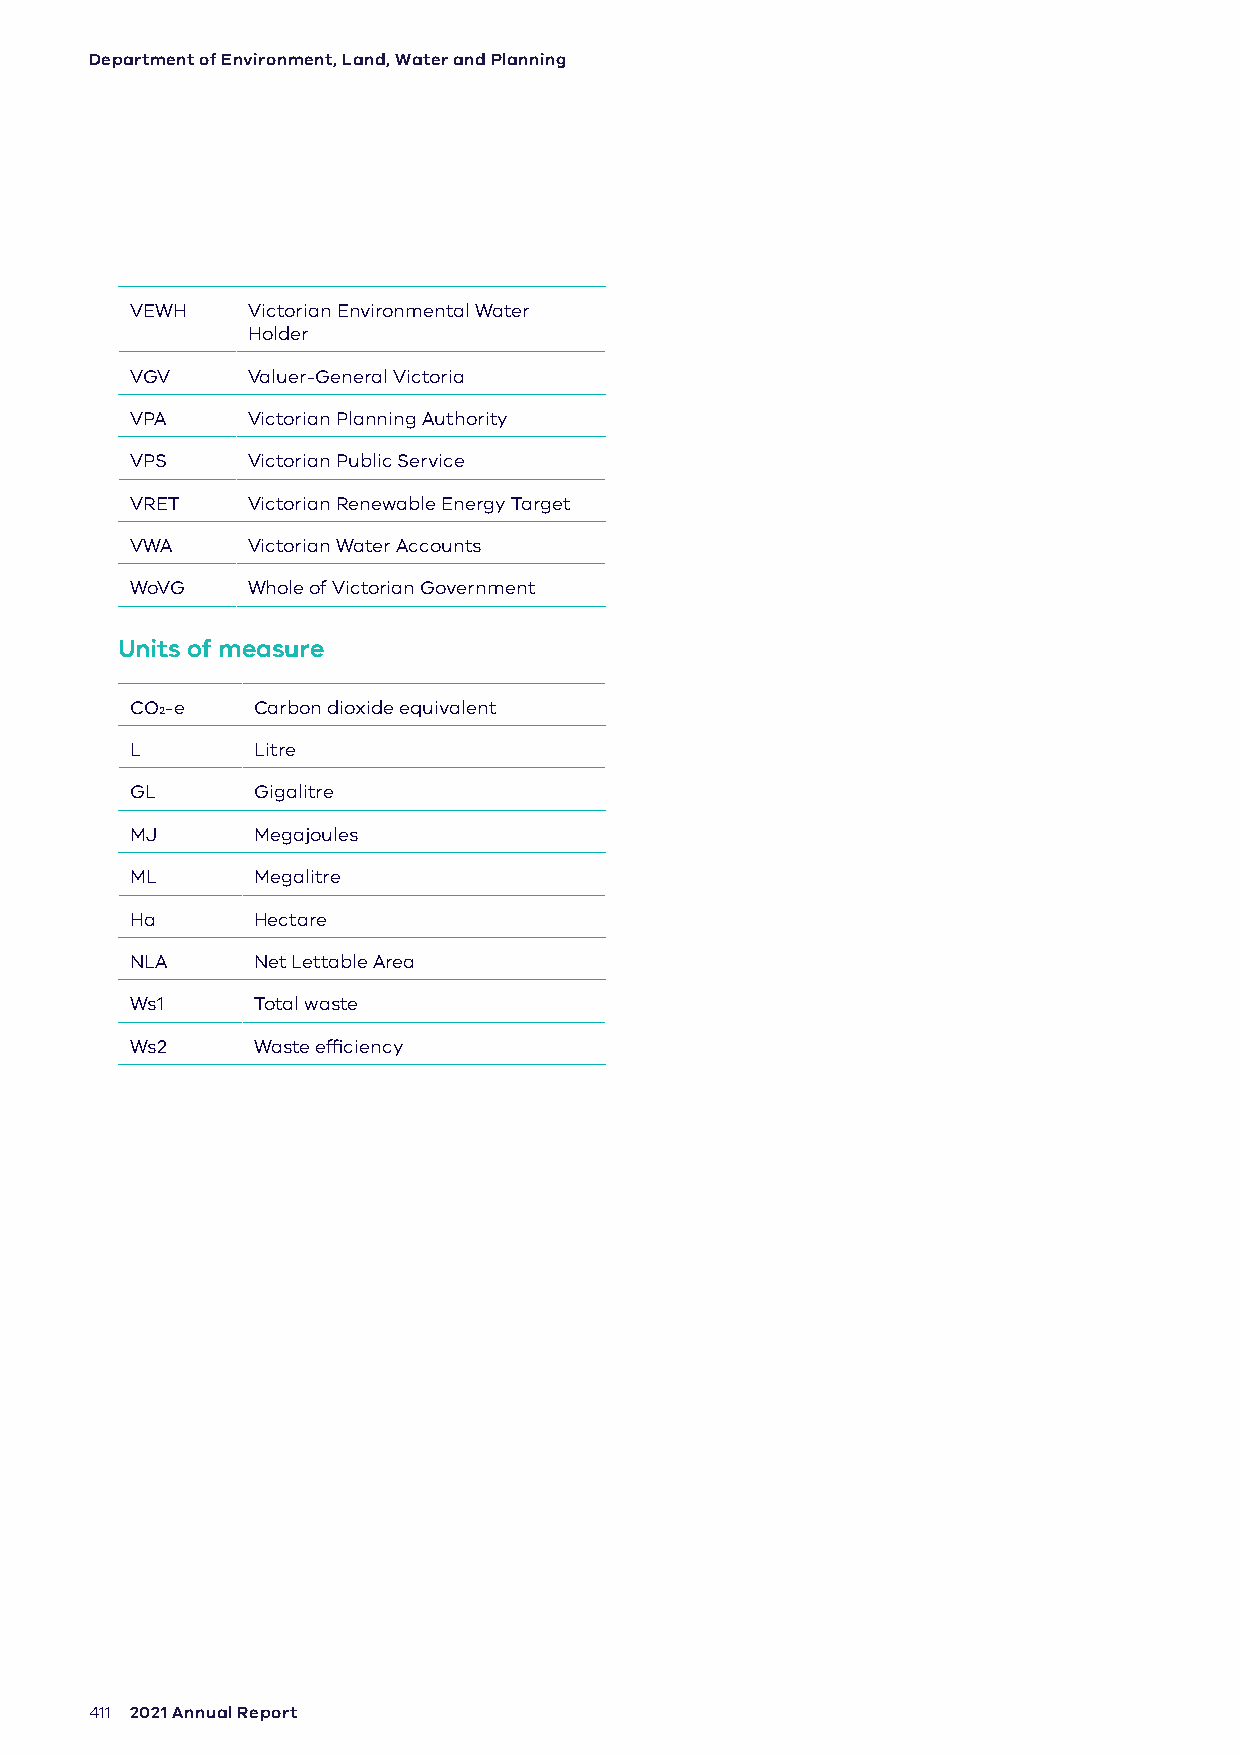
Department of Environment, Land, Water and Planning
 VEWH   Victorian Environmental Water
 Holder
 VGV    Valuer-General Victoria
 VPA    Victorian Planning Authority
 VPS    Victorian Public Service
 VRET   Victorian Renewable Energy Target
 VWA    Victorian Water Accounts
 WoVG   Whole of Victorian Government
 Units of measure
 CO2-e   Carbon dioxide equivalent
 L       Litre
 GL      Gigalitre
 MJ      Megajoules
 ML      Megalitre
 Ha      Hectare
 NLA     Net Lettable Area
 Ws1     Total waste
 Ws2     Waste efficiency
 411 2021 Annual Report